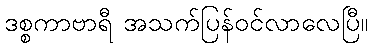
ဒစ္စကာဗာရီ အသက်ပြန်ဝင်လာလေပြီ။